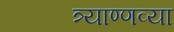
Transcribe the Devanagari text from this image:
त्र्याण्णव्या